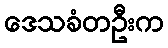
ဒေသခံတဦးက